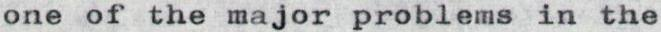
one of the major problems in the